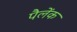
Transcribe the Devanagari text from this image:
पैलेंक